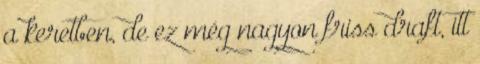
a keretben, de ez még nagyon friss draft, itt